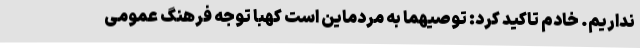
نداریم. خادم تاکید کرد: توصیهما به مردماین است کهبا توجه فرهنگ عمومی